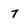
Character: 7